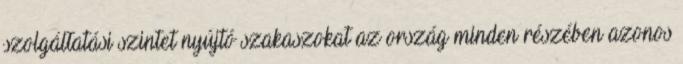
szolgáltatási szintet nyújtó szakaszokat az ország minden részében azonos